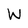
Character: W